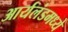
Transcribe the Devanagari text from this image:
आर्यलंडमध्ये